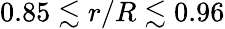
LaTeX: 0.85\lesssim r/R\lesssim 0.96